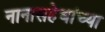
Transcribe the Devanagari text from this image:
नानासहेबांच्या